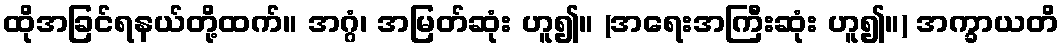
ထိုအခြင်ရနယ်တို့ထက်။ အဂ္ဂံ၊ အမြတ်ဆုံး ဟူ၍။ (အရေးအကြီးဆုံး ဟူ၍။) အက္ခာယတိ